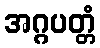
အဂ္ဂပတ္တံ